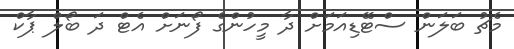
މެޗު ބަލަން ސްޓޭޑިއަމަށް ދާ މީހުންގެ ފޯނަށް އެޓް ދަ ބޯލް ޕާކް